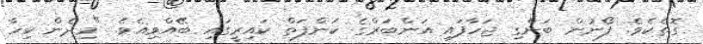
ގޮތެކެވެ. ފޯނުން ބަންގި ޖަހާފައި އަންބަރްގެ ކަންފަތް ކައިރީގައި ބޭއްވިއެވެ. "މިދެން ކިހާ